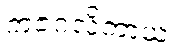
ကဇင်္ဂလိကာယ